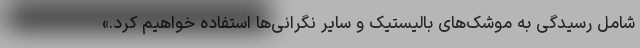
شامل رسیدگی به موشک‌های بالیستیک و سایر نگرانی‌ها استفاده خواهیم کرد.»